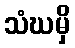
သံဃမှိ